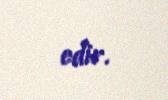
edir.